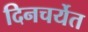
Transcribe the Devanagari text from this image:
दिनचर्येत